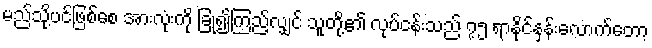
မည်သို့ပင်ဖြစ်စေ အားလုံးကို ခြုံ၍ကြည့်လျှင် သူတို့၏ လုပ်ငန်းသည် ၇၅ ရာနိုင်နှန်းလောက်တော့